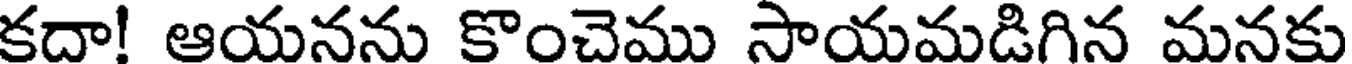
కదా! ఆయనను కొంచెము సాయమడిగిన మనకు